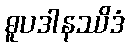
ဓူပဒါနဿိဒံ